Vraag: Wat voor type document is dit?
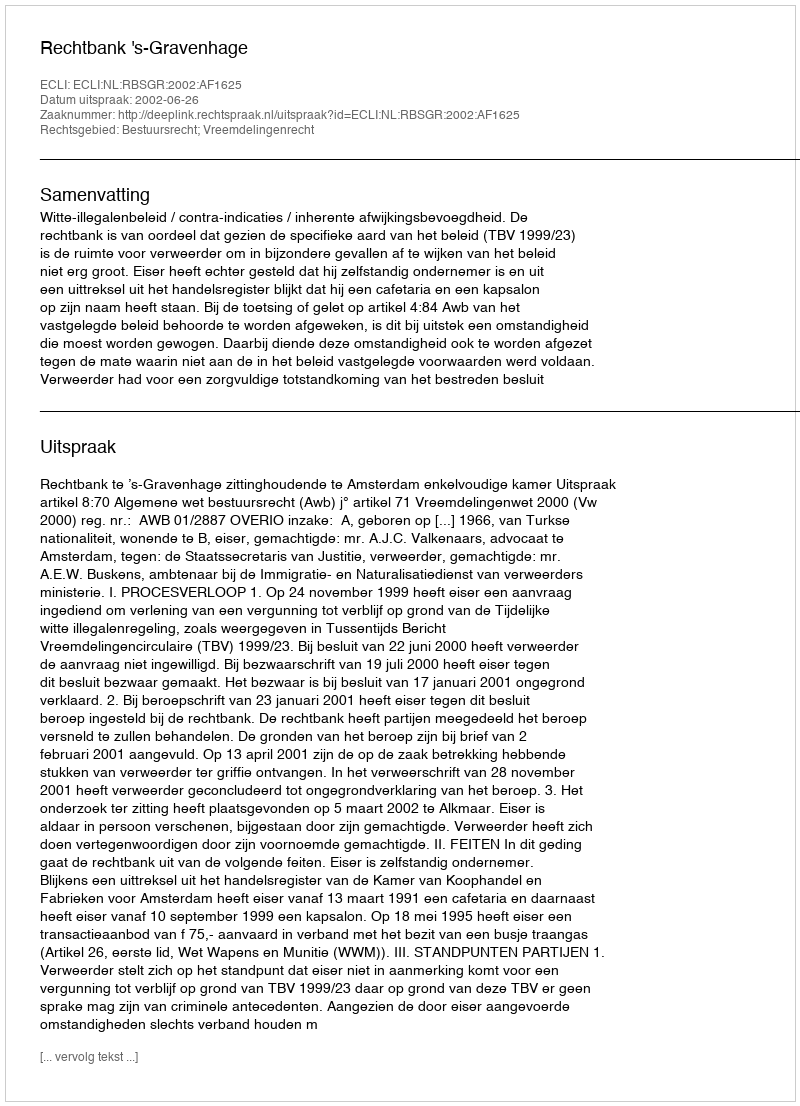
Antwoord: Uitspraak